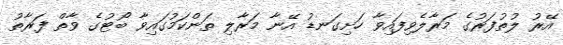
އޭރު ލުތުފަރުގެ މަރާލެވިފައިވާ ހަށިގަނޑު އޭނާ މަރާލި ތަންކަމުގައިވާ ބޯޓުގެ ވާތް ފަރާތު